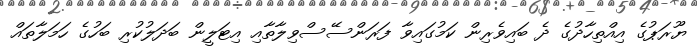
ޔޫރަޕުގެ އިއްތިހާދުގެ ދެ ބައިވެރިން ކަމުގައިވާ ފަރަންސޭސްވިލާތާއި އިޓަލީން ބަދަލުކުރި ބަހުގެ ހަމަލާތައް